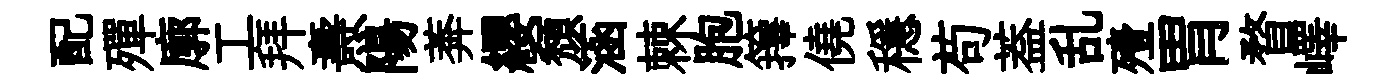
配殫廓工拜燾陽莾纓頹涵棘胞籜僥穩苟葢乱殪胃瞀嶧